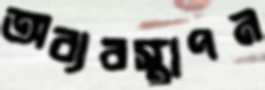
অব্যবস্থাপন